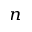
^ n